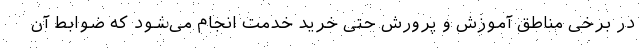
در برخی مناطق آموزش و پرورش حتی خرید خدمت انجام می‌شود که ضوابط آن